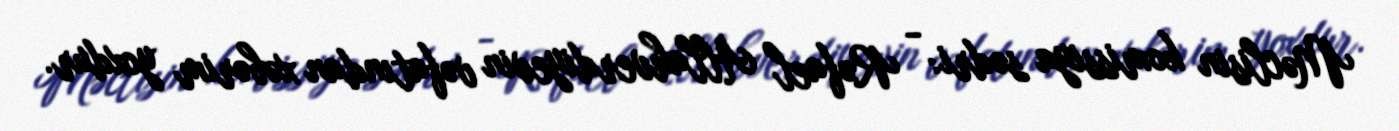
Məclisin komissiya sədri: - Rəfael Allahverdiyevin vəfatından xəbərim yoxdur.